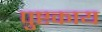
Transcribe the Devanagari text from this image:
पुष्टकाय